Civil Veterinary Department Bihar & Orissa reports 1929-36 - 1929-1936
Year: 1929
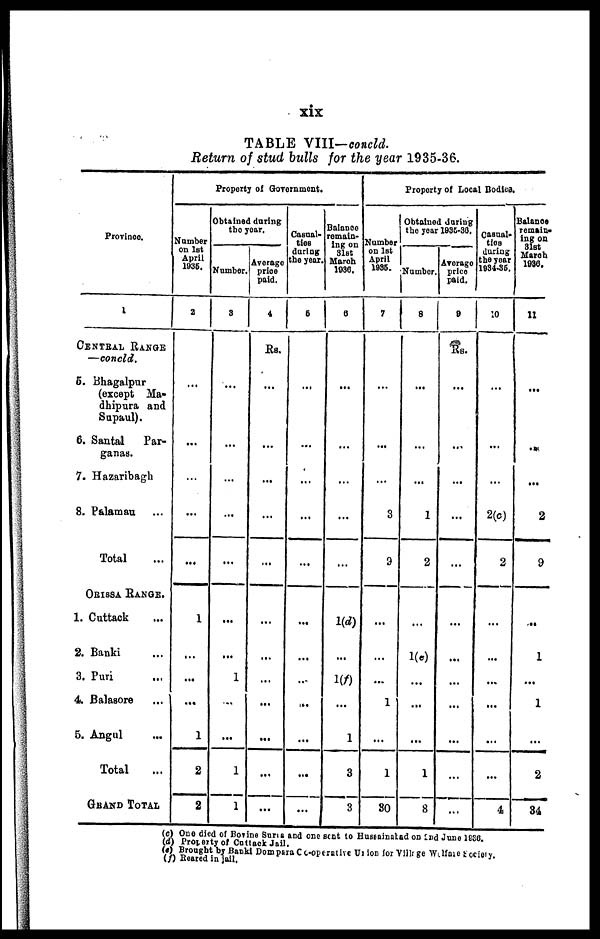
xix
TABLE VIII—concld.
Return of stud bulls for the year 1935-36.
Province
1
CENTRAL RANGE
—concld.
5. Bhagalpur
(except Ma-
dhipura and
Supaul).
6. Santal
Par-
ganas.
7. Hazaribagh
8. Palamau ...
Total ...
ORISSA RANGE.
1. Cuttack ...
2. Banki ...
3. Puri ...
4. Balasore ...
5. Angul ...
Total ...
GRAND TOTAL.
Property of Government.
Number
on 1st
April
1036.
2
...
...
...
...
...
1
...
...
...
1
2
2
Obtained daring
the year.
Number.
3
...
...
...
...
...
...
...
1
...
...
1
1
Average
price
paid.
4
Rs.
...
...
...
...
...
...
...
...
...
...
...
...
Casual-
ties
daring
the year.
5
...
...
...
...
...
...
...
...
...
...
...
...
Balance
remain-
ing on
31st
March
1936.
6
...
...
...
...
...
1(d)
...
1(f)
...
1
3
3
Property of Local Bodies.
Number
on 1st
April
1936.
7
...
...
...
3
9
...
...
...
1
...
1
80
Obtained during
the year 1935-36.
Number.
8
...
...
...
1
2
...
1(e)
...
...
...
1
8
Average
price
paid.
9
Rs.
...
...
...
...
...
...
...
...
...
...
...
...
Casual-
ties
during
the year
1934-36.
10
...
...
...
2(c)
2
...
...
...
...
...
...
4
Balance
remain-
ing on
31st
March
1936.
11
...
...
...
2
9
...
1
...
1
...
2
34
(c) One died of Bovine Suris and one sent to Hustainatad on and June 1836.
(d) Property of Cuttack Jail.
(e) Brought by Banki Dompara Co-operative Union for Village Welfare Society.
(f) Reared in fall.